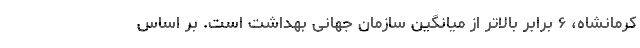
کرمانشاه، ۶ برابر بالاتر از میانگین سازمان جهانی بهداشت است. بر اساس